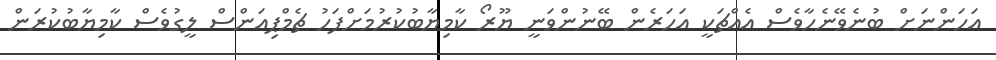
އަހަންނަށް ބުނެވޭނެހާވެސް އެއްޗަކީ އަހަރެން ބޭނުންވަނީ ޔޫރޯ ކާމިޔާބުކުރުމަށްފަހު ޗެމްޕިއަންސް ލީގުވެސް ކާމިޔާބުކުރަން